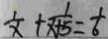
\frac { 1 } { x } + \frac { 1 } { x + 5 } = \frac { 1 } { 6 }